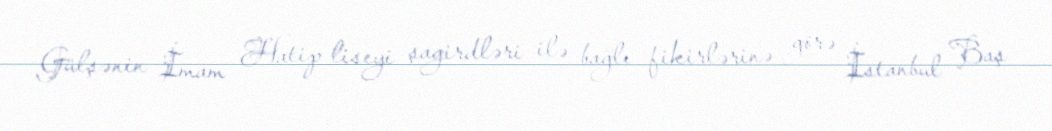
Gülşənin İmam Hatip liseyi şagirdləri ilə bağlı fikirlərinə görə İstanbul Baş